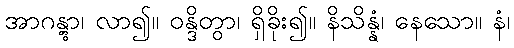
အာဂန္တွာ၊ လာ၍။ ဝန္ဒိတွာ၊ ရှိခိုး၍။ နိသိန္နံ၊ နေသော။ နံ၊